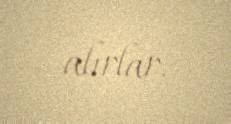
alırlar.